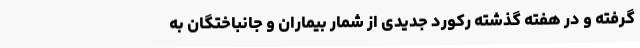
گرفته و در هفته گذشته رکورد جدیدی از شمار بیماران و جانباختگان به